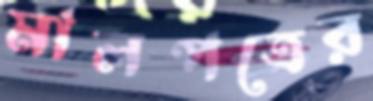
মালপত্রের